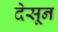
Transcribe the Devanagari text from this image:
देसून